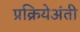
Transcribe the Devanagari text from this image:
प्रक्रियेअंती